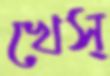
খেস্